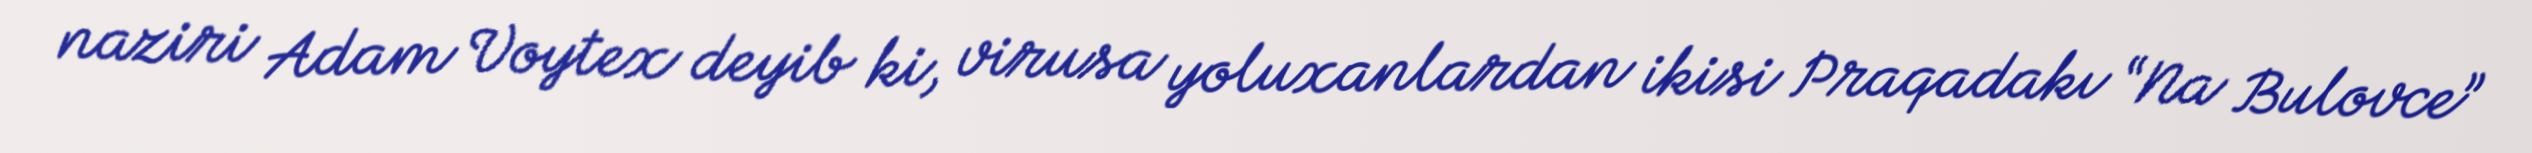
naziri Adam Voytex deyib ki, virusa yoluxanlardan ikisi Praqadakı “Na Bulovce”